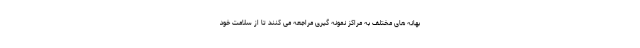
بهانه های مختلف به مراکز نمونه گیری مراجعه می کنند تا از سلامت خود